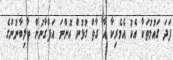
ފަދަ ގައުމުތަކާ އެކު އެމެރިކާ އާ ގާތް ގުޅުން އޮންނަ އަފްގާނުން ތާލިބާނުންގެ